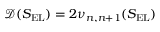
\mathcal { D } ( S _ { \mathrm { E L } } ) = 2 \nu _ { n , n + 1 } ( S _ { \mathrm { E L } } )